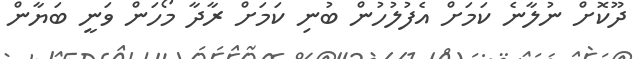
ދޫކޮށް ނުލާނެ ކަމަށް އެފުލުހުން ބުނި ކަމަށް ރާދާ މޯހަން ވަނީ ބަޔާން